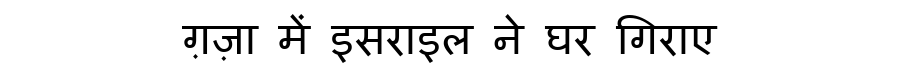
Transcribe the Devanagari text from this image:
ग़ज़ा में इसराइल ने घर गिराए